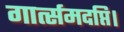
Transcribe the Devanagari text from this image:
गार्त्समदप्ति।